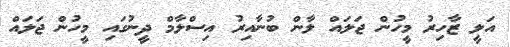
އަލީ ޒާހިރު މީހުން ޖަލައް ލާން ބުނާއިރު އިސްލާމް ދީނުގައި މީހުން ޖަލައް